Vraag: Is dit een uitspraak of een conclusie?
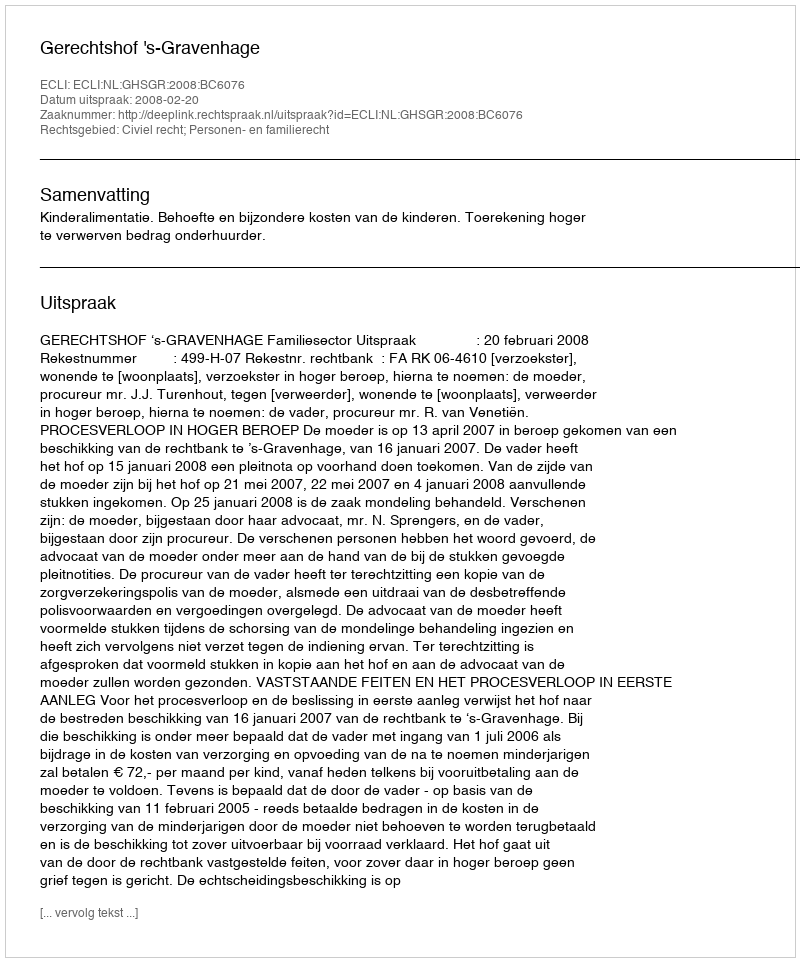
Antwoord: Uitspraak